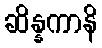
ဆိန္နကာနိ